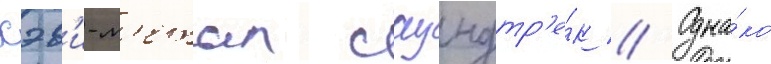
хэв'и-м'етал саундтр'е́к // Одна́ко